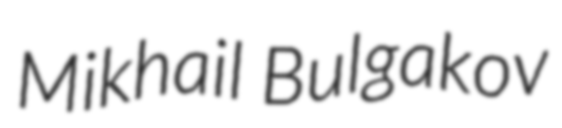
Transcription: Mikhail Bulgakov